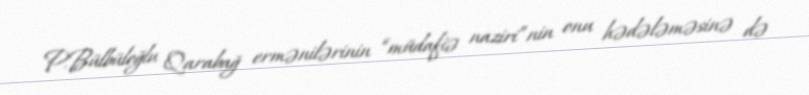
P.Bülbüloğlu Qarabağ ermənilərinin “müdafiə naziri”nin onu hədələməsinə də